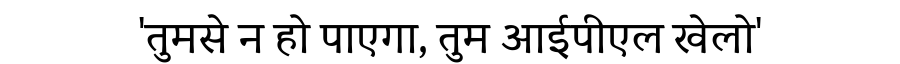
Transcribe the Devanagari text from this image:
'तुमसे न हो पाएगा, तुम आईपीएल खेलो'